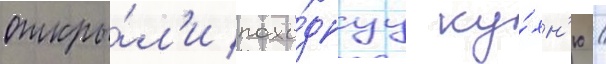
откры́л'и похо́днуу ку́хн'ю /